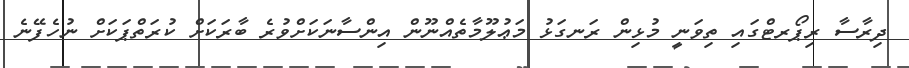
ދިރާސާ ރިޕޯރޓްގައި ތިވަނީ މުޅިން ރަނގަޅު މަޢުލޫމާތެއްނޫން އިންސާނަކަށްވުރެ ބާރަކަށް ކުރަތްޕަކަށް ނުހެފޭނެ